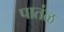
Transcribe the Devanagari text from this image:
पातंळ